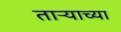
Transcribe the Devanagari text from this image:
ताऱ्‍याच्या